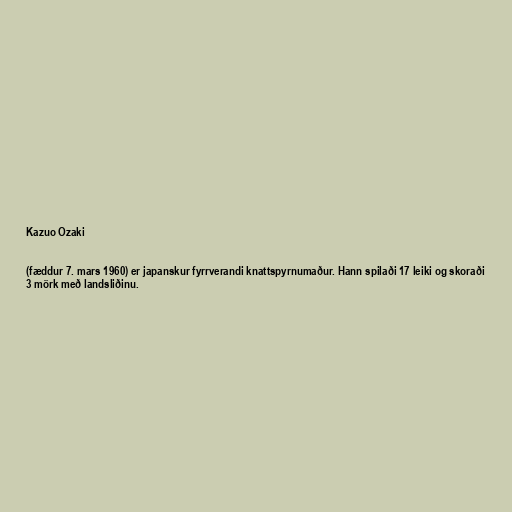
Kazuo Ozaki

(fæddur 7. mars 1960) er japanskur fyrrverandi knattspyrnumaður. Hann spilaði 17 leiki og skoraði
3 mörk með landsliðinu.